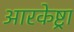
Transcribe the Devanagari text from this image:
आरकेष्ट्रा